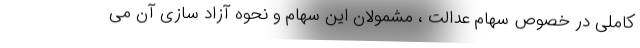
کاملی در خصوص سهام عدالت ، مشمولان این سهام و نحوه آزاد سازی آن می